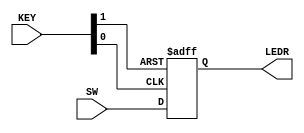

module reg3(SW, KEY, LEDR); //D, Clock, Resetn, Q, s0, s1, s2, s3, s4, s5, s6

	//Short description:
	/*
	similar to a normal D-FF but now accepts 3 bit in parallel

	key 0 is the clock, key 1 acts as a reset setting all output to low

	switch is the signal at the inputs, which is only accepted with the clock edge
	*/

	// === Input and Output

	
	//input [2:0] D;
	input [2:0]SW;
	
	//input Clock, Resetn;
	input [1:0] KEY;
	
	//output s0, s1, s2, s3, s4, s5, s6;
	output [2:0]LEDR;

	
	// === Net Reg ===

	
	//output reg [2:0] Q;
	reg [2:0]LEDR;

	
	// === Logic ===
	

	always @(posedge KEY[0], negedge KEY[1]) //always @(posedge Clock, negedge Resetn)  === KEY 1 is reset, KEY 0 is clock
	if (KEY[1] == 0)
		LEDR <= 3'b000; // Q <= 0 achieves same result
	else
		LEDR <= SW;
	
	/*
	assign s0 = (!Q[2] & !Q[1] &  Q[0]) |  
					( Q[2] & !Q[1] & !Q[0]) ;
	
	assign s1 = ( Q[2] & !Q[1] &  Q[0]) |  
					( Q[2] &  Q[1] & !Q[0]) ;
	
	assign s2 = (!Q[2] &  Q[1] & !Q[0]) ;
	
	assign s3 = (!Q[2] & !Q[1] &  Q[0]) |  
					( Q[2] & !Q[1] & !Q[0]) |  
					( Q[2] &  Q[1] &  Q[0]) ;
	
	assign s4 = (                 Q[0]) |  
					( Q[2] & !Q[1]        ) ;  
	
	assign s5 = (         Q[1] |  Q[0]) &  
					(!Q[2] |  Q[1]        ) &  
					(!Q[2] |          Q[0]) ;
	
	assign s6 = (!Q[2] & !Q[1]        ) |  
					( Q[2] &  Q[1] &  Q[0]) ;
	*/
	
endmodule